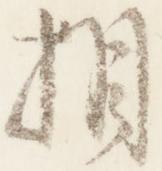
相